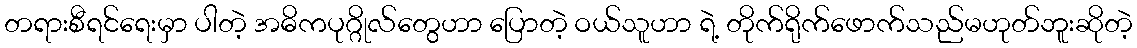
တရားစီရင်ရေးမှာ ပါတဲ့ အဓိကပုဂ္ဂိုလ်တွေဟာ ပြောတဲ့ ဝယ်သူဟာ ရဲ့ တိုက်ရိုက်ဖောက်သည်မဟုတ်ဘူးဆိုတဲ့